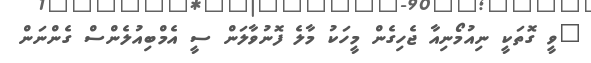
"ވީ ގޮތަކީ ނިއުމޯނިއާ ޖެހިގެން މީހަކު މާލެ ފޮނުވާލަން ސީ އެމްބިއުލެންސް ގެންނަން